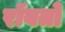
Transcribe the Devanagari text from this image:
रॉबर्तो